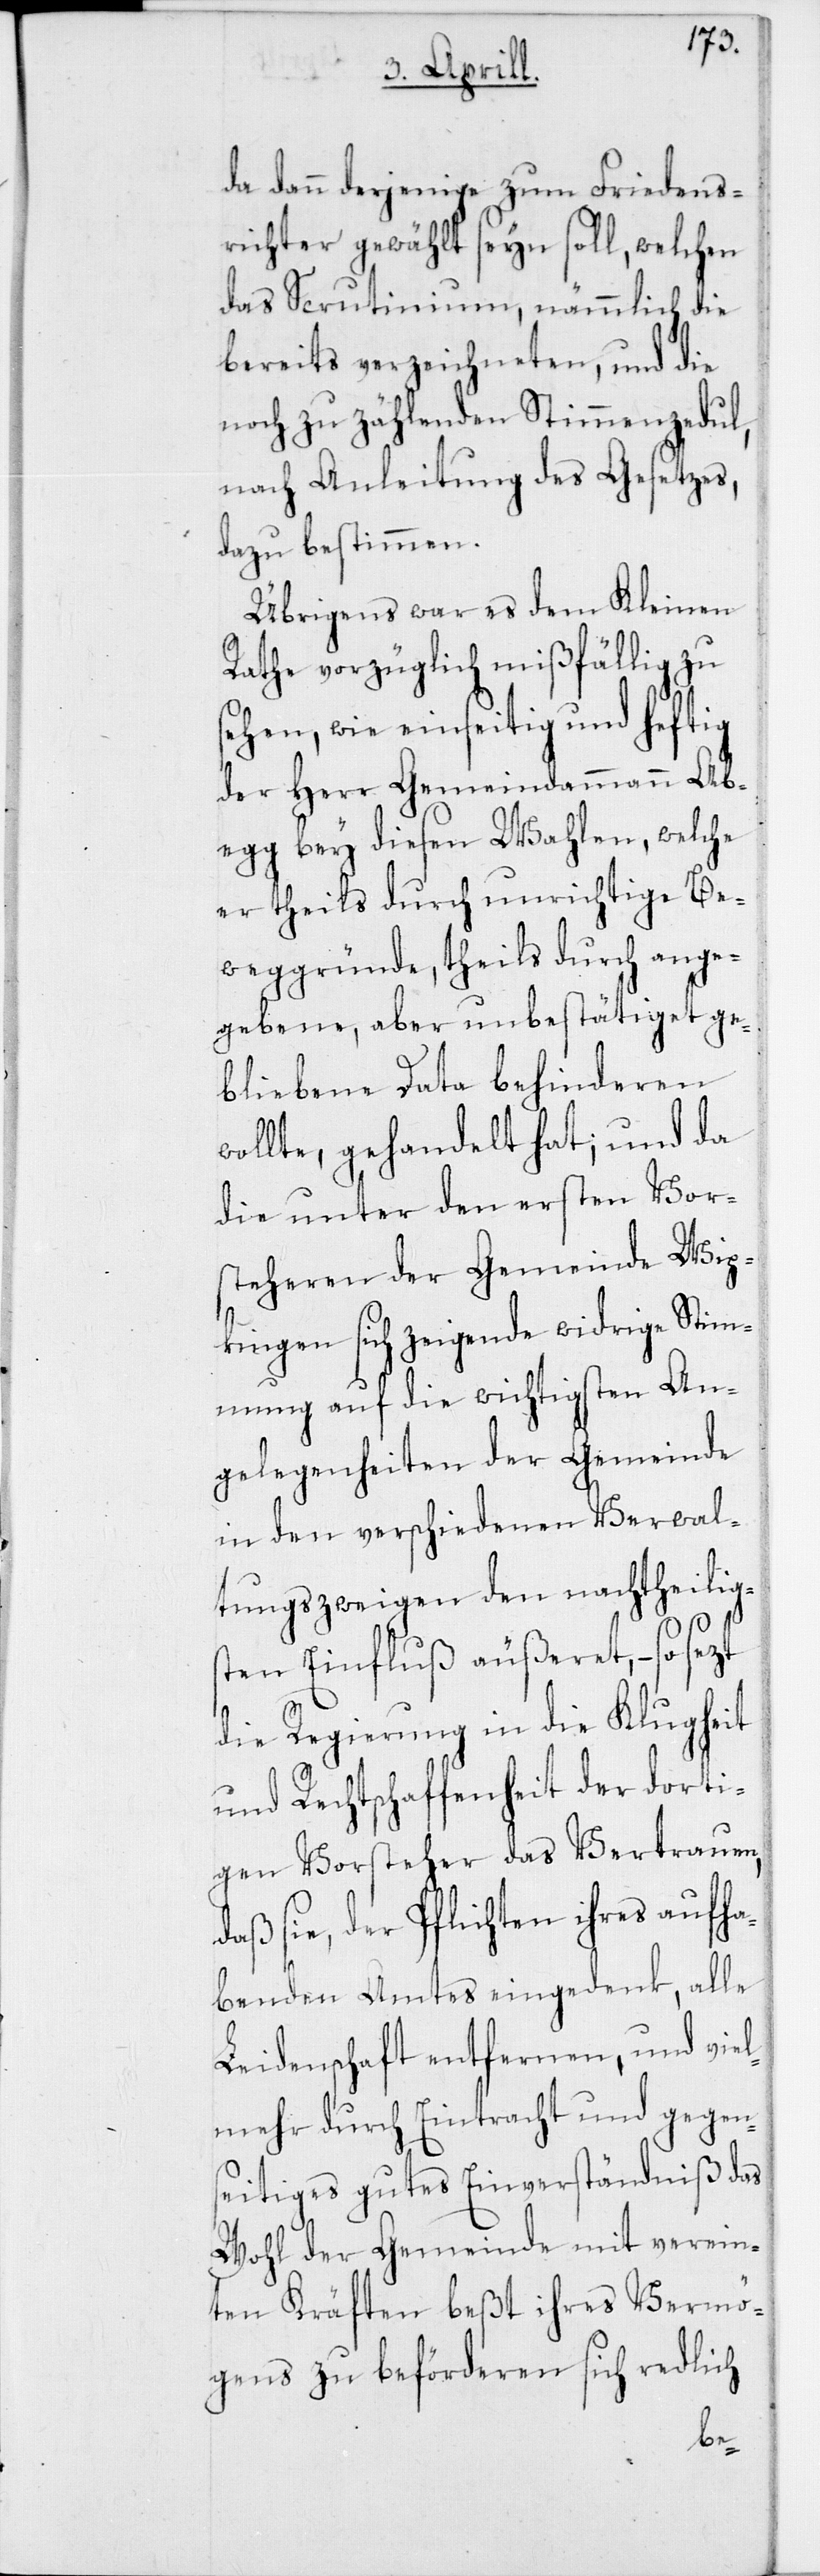
da dann derjenige zum Friedens¬
richter gewählt seyn soll, welchen
das Scrutinium, nämmlich die
bereits verzeichneten, und die
noch zu zählenden Stimmenzedul,
nach Anleitung des Gesetzes,
dazu bestimmen.
Übrigens war es dem Kleinen
Rathe vorzüglich mißfällig zu
sehen, wie einseitig und heftig
der Herr Gemeindammann Ab¬
egg bey diesen Wahlen, welche
er theils durch unrichtige Be¬
weggründe, theils durch ange¬
gebene, aber unbestätiget ge¬
bliebene Data behinderen
wollte, gehandelt hat; und da
die unter den ersten Vor¬
steheren der Gemeinde Wip¬
kingen sich zeigende widrige Stim¬
mung auf die wichtigsten An¬
gelegenheiten der Gemeinde
in den verschiedenen Verwal¬
tungszweigen den nachtheilig¬
sten Einfluß äußeret, – so sezt
die Regierung in die Klugheit
und Rechtschaffenheit der dorti¬
gen Vorsteher das Vertrauen,
daß sie, der Pflichten ihres aufha¬
benden Amtes eingedenk, alle
Leidenschaft entfernen, und viel¬
mehr durch Eintracht und gegen¬
seitiges gutes Einverständniß das
Wohl der Gemeinde mit verein¬
ten Kräften beßt ihres Vermö¬
gens zu beförderen sich redlich